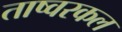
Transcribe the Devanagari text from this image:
ताष्वरकल